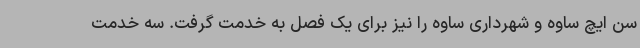
سن ایچ ساوه و شهرداری ساوه را نیز برای یک فصل به خدمت گرفت. سه خدمت